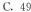
C.49